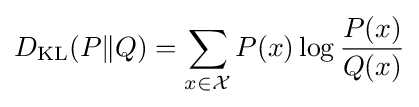
D_{\mathrm {KL} }(P\|Q)=\sum _{x\in {\mathcal {X}}}P(x)\log {\frac {P(x)}{Q(x)}}